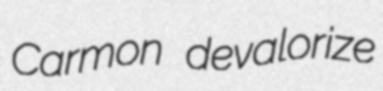
Carmon devalorize